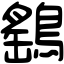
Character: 鷂